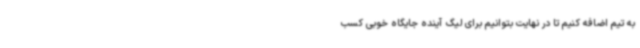
به تیم اضافه کنیم تا در نهایت بتوانیم برای لیگ آینده جایگاه خوبی کسب